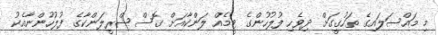
މި މައްސަލައިގެ ތަހުގީގަށް ދިވެހި ފުލުހުންގެ ޓީމެއް ލަންކާއަށް ގޮސް ޝްރީލަންކާގެ ފުލުހުންނާއެކު